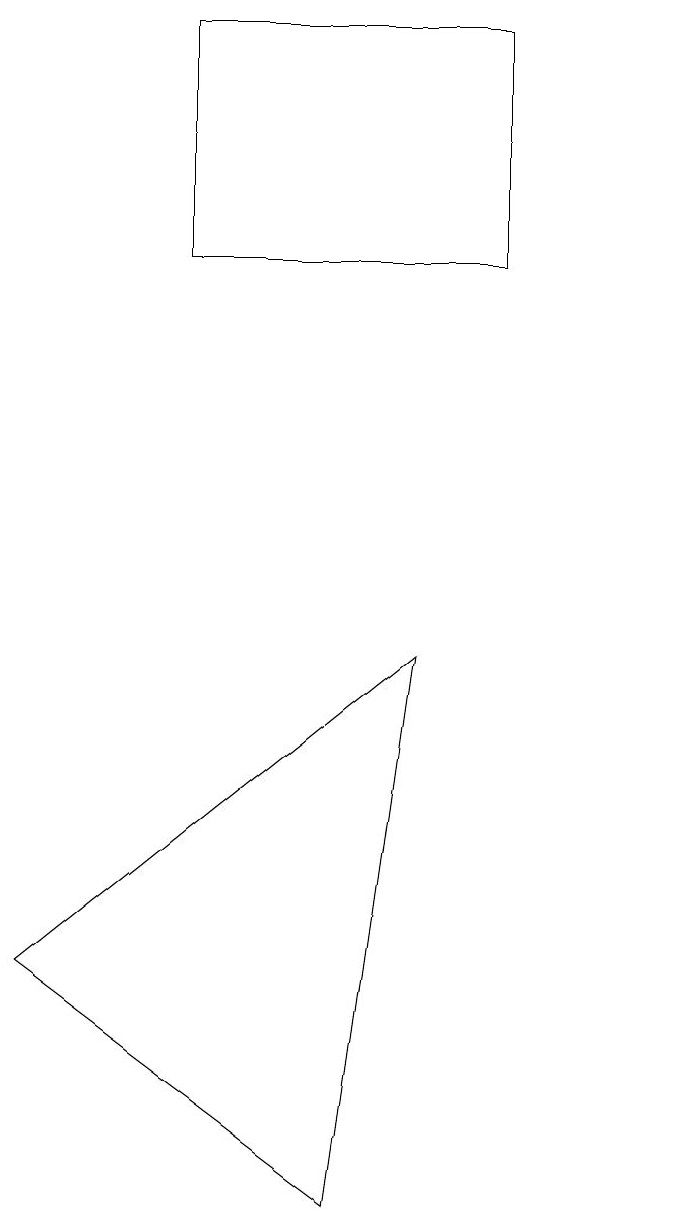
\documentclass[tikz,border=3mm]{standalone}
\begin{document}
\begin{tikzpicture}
\draw (7,9) -- (6,2) -- (2,5) -- cycle;
\draw (8,14) rectangle (4,17);
\draw (10,10) circle (0);
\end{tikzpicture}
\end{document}